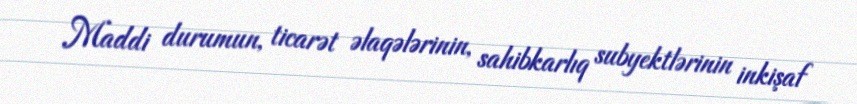
Maddi durumun, ticarət əlaqələrinin, sahibkarlıq subyektlərinin inkişaf